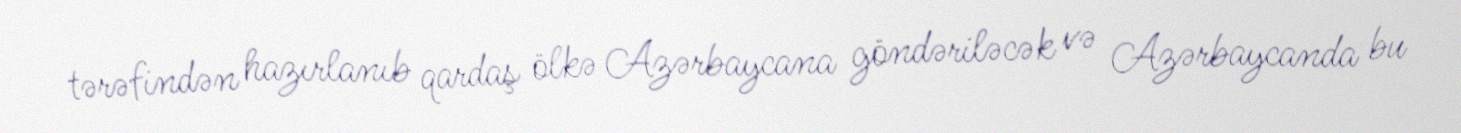
tərəfindən hazırlanıb qardaş ölkə Azərbaycana göndəriləcək və Azərbaycanda bu